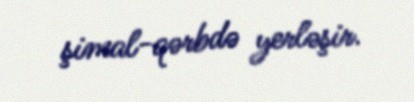
şimal-qərbdə yerləşir.